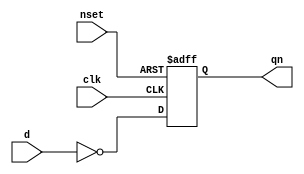
//#############################################################################
//# Function:  Positive edge-triggered static inverting D-type flop-flop with #
//             async active low set.                                          #
//# Copyright: Lambda Project Authors. All rights Reserved.                   #
//# License:   MIT (see LICENSE file in Lambda repository)                    #
//#############################################################################

module la_dffsqn #(
    parameter PROP = "DEFAULT"
) (
    input d,
    input clk,
    input nset,
    output reg qn
);

    always @(posedge clk or negedge nset)
        if (!nset) qn <= 1'b0;
        else qn <= ~d;

endmodule